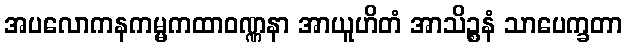
အပလောကနကမ္မကထာဝဏ္ဏနာ အာယူဟိတံ အာသိဉ္စနံ သာပေက္ခတာ